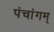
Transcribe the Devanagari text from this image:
पंचांगम्